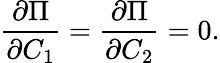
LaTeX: \frac{\partial\Pi}{\partial C_{1}}=\frac{\partial\Pi}{\partial C_{2}}=0.